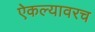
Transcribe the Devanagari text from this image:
ऐकल्यावरच